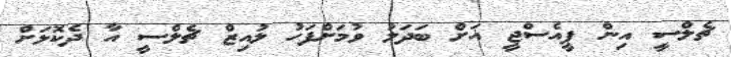
ޗެލްސީ އިން ޕީއެސްޖީ އަށް ބަދަލު ވުމަށްފަހު ލުއިޒް ޗެލްސީ އާ ދެކޮޅަށް